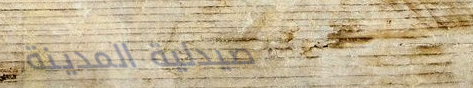
صيدلية المدينة